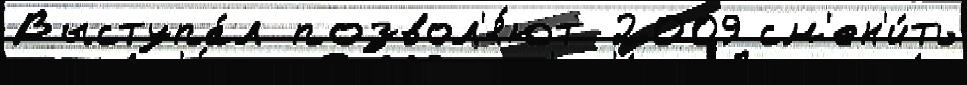
Выступа́л позвол'я́ют 2009 см'ен'и́ть